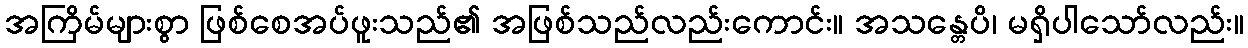
အကြိမ်များစွာ ဖြစ်စေအပ်ဖူးသည်၏ အဖြစ်သည်လည်းကောင်း။ အသန္တေပိ၊ မရှိပါသော်လည်း။